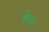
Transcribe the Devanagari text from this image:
वोवो